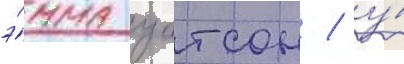
э́мма уотсон / у́